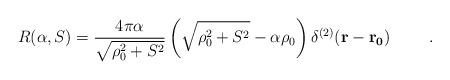
LaTeX: \begin{align*}R(\alpha ,S)=\frac{4\pi \alpha }{\sqrt{\rho _0^2+S^2}}\left( \sqrt{\rho_0^2+S^2}-\alpha \rho _0\right) \delta ^{(2)}({\bf {r}-{r_0})} \hspace{1cm}.\end{align*}